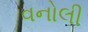
વનોલી